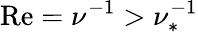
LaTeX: \mathrm{Re}=\nu^{-1}>\nu_{*}^{-1}